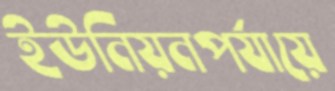
ইউনিয়নপর্যায়ে